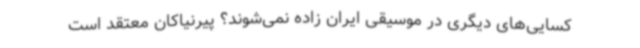
کسایی‌های دیگری در موسیقی ایران زاده نمی‌شوند؟ پیرنیاکان معتقد است